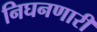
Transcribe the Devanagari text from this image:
निघनणारी